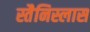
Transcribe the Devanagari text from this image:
स्तैनिस्लास